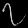
Digit: ၇